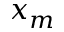
x _ { m }